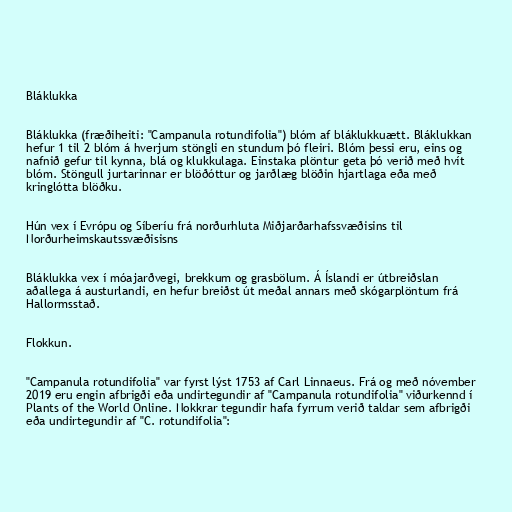
Bláklukka

Bláklukka (fræðiheiti: "Campanula rotundifolia") blóm af bláklukkuætt. Bláklukkan
hefur 1 til 2 blóm á hverjum stöngli en stundum þó fleiri. Blóm þessi eru, eins og
nafnið gefur til kynna, blá og klukkulaga. Einstaka plöntur geta þó verið með hvít
blóm. Stöngull jurtarinnar er blöðóttur og jarðlæg blöðin hjartlaga eða með
kringlótta blöðku.

Hún vex í Evrópu og Síberíu frá norðurhluta Miðjarðarhafssvæðisins til
Norðurheimskautssvæðisisns

Bláklukka vex í móajarðvegi, brekkum og grasbölum. Á Íslandi er útbreiðslan
aðallega á austurlandi, en hefur breiðst út meðal annars með skógarplöntum frá
Hallormsstað.

Flokkun.

"Campanula rotundifolia" var fyrst lýst 1753 af Carl Linnaeus. Frá og með nóvember
2019 eru engin afbrigði eða undirtegundir af "Campanula rotundifolia" viðurkennd í
Plants of the World Online. Nokkrar tegundir hafa fyrrum verið taldar sem afbrigði
eða undirtegundir af "C. rotundifolia":